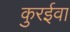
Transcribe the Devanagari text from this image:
कुरईवा